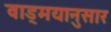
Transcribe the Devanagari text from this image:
वाड्मयानुसार